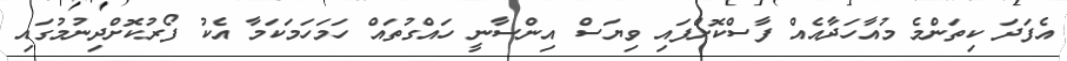
އެފަދަ ކިތަންމެ މުއާހަދާއެއް ފާސްކޮށްފައި ވިޔަސް އިންސާނީ ހައްގުތައް ހަމަހަމަކަމާ އެކު ފޯރުކޮށްދިނުމުގައި